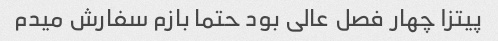
پیتزا چهار فصل عالی بود حتما بازم سفارش میدم